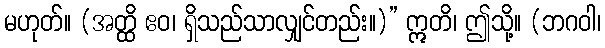
မဟုတ်။ (အတ္ထိ ဧဝ၊ ရှိသည်သာလျှင်တည်း။)” ဣတိ၊ ဤသို့။ (ဘဂဝါ၊